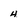
Character: 4